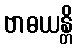
ဗာဓယန္တိ